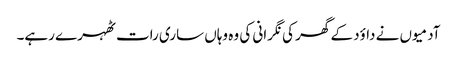
آدمیوں نے داؤد کے گھر کی نگرانی کی وہ وہاں ساری رات ٹھہرے رہے۔